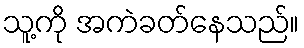
သူ့ကို အကဲခတ်နေသည်။